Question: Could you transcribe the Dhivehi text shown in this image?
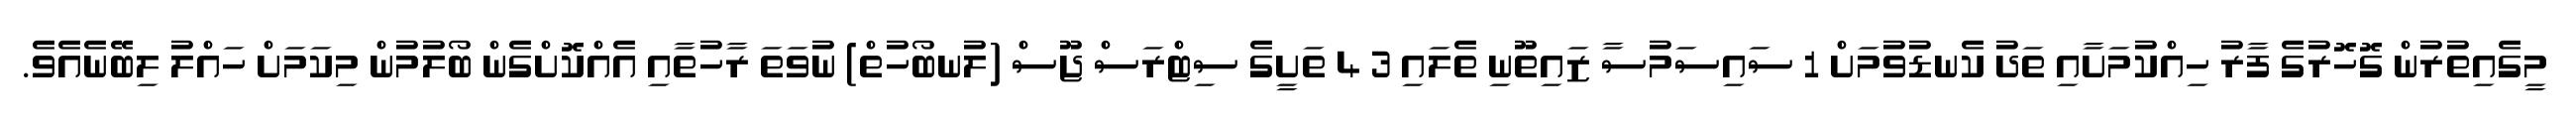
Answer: މީގެއިތުރުން ގޮހޮރުގެ ފާރު ހިއްކުމަށާއި ތަދު ކެނޑުވުމަށް 1 ސައިސަމުސާ ޒައިތޫނި ތެލައި 3 4 ތަށީގެ ސިޓްރަސް ޖޫސް (ލުނބޯހުތް) ނުވަތަ ރާހުތާއި އެއްކޮށްގެން ބޯލުމުން މިކަމަށް ހައްލު ލިބޭނެއެވެ.